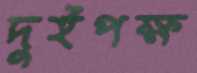
দুইপক্ষ